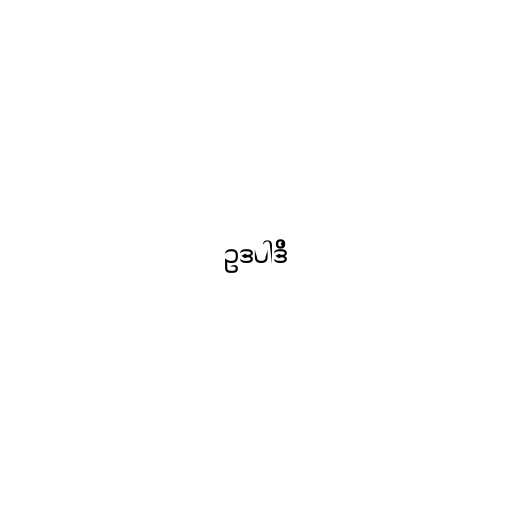
ဥဒပါဒိ